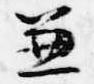
兼